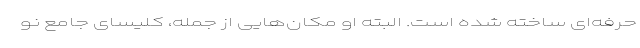
حرفه‌ای ساخته شده است. البته او مکان‌هایی از جمله، کلیسای جامع نو